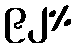
၉၂%